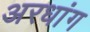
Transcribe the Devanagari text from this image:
अरधांग